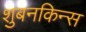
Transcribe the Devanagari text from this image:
शुबनकिन्स